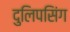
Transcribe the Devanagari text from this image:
दुलिपसिंग